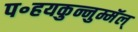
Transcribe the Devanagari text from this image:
प॰हयकुन्नुम्मॅल्